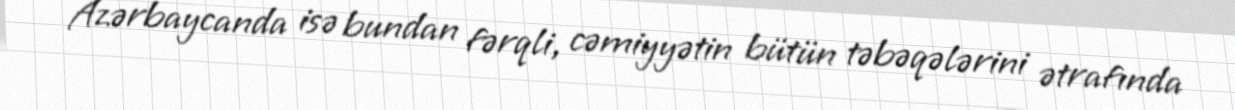
Azərbaycanda isə bundan fərqli, cəmiyyətin bütün təbəqələrini ətrafında